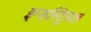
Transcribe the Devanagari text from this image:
इन्डस्ट्रियल